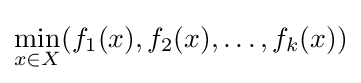
\min _{x\in X}(f_{1}(x),f_{2}(x),\ldots ,f_{k}(x))